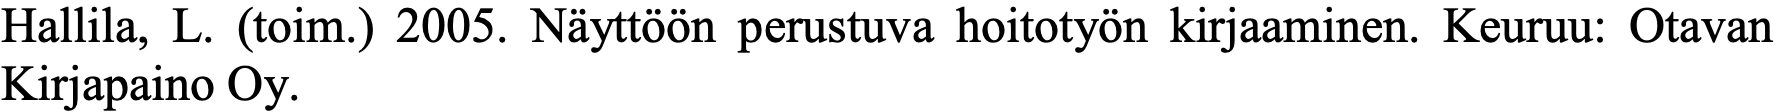
Hallila, L. (toim.) 2005. Näyttöön perustuva hoitotyön kirjaaminen. Keuruu: Otavan Kirjapaino Oy.